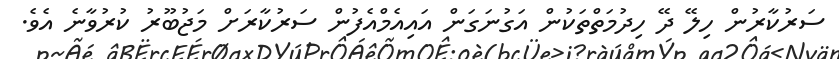
ސަރުކާރުން ހިލޭ ދޭ ހިދުމަތްތަކުން އަގުނަގަން އައިއެމްއެފުން ސަރުކާރަށް މަޖުބޫރު ކުރުވާނެ އެވެ.